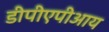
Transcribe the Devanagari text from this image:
डीपीएपीआय